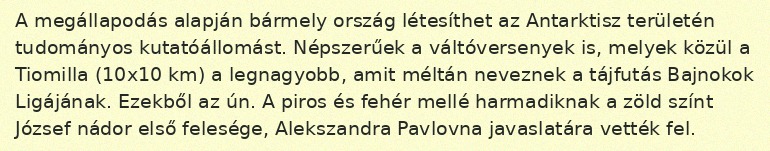
A megállapodás alapján bármely ország létesíthet az Antarktisz területén tudományos kutatóállomást. Népszerűek a váltóversenyek is, melyek közül a Tiomilla (10x10 km) a legnagyobb, amit méltán neveznek a tájfutás Bajnokok Ligájának. Ezekből az ún. A piros és fehér mellé harmadiknak a zöld színt József nádor első felesége, Alekszandra Pavlovna javaslatára vették fel.